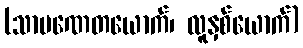
(သာမဏေတယောက်၊ လူနှစ်ယောက်)